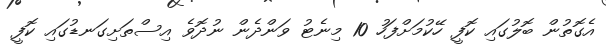
އެގޮތުން ބޮލުގައި ކޮފީ ހޭކުމަށްފަހު 10 މިނެޓު ވަންދެން ނުދޮވެ އިސްތަށިގަނޑުގައި ކޮފީ